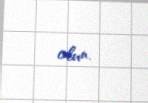
olun.